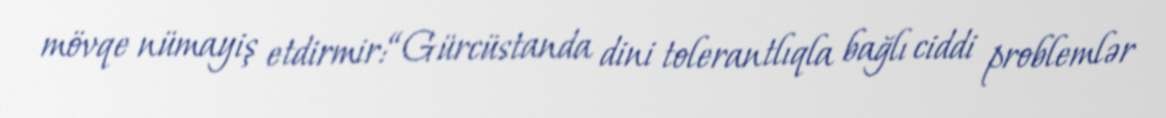
mövqe nümayiş etdirmir:“Gürcüstanda dini tolerantlıqla bağlı ciddi problemlər